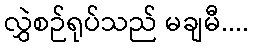
လွှဲစဉ်ရုပ်သည် မချမီ....